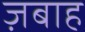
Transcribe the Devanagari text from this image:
ज़बाह